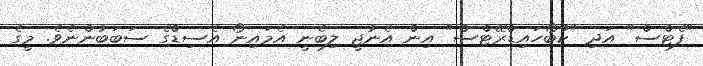
"ފެޓްސް" އަދި "ކާބޯހައިޑްރޭޓްސް" އިން އެނާޖީ ލިބެނީ އެމައިނޯ އެސިޑްގެ ސަބަބުންނެވެ. މީގެ